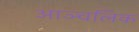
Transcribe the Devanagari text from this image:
आञ्चलिक